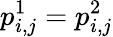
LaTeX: p_{i,j}^{1}=p_{i,j}^{2}